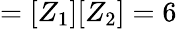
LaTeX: =[Z_{1}][Z_{2}]=6